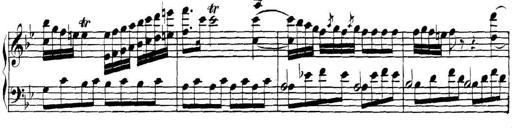
Title: Collected Piano Sonatas
Composer: Muzio Clementi